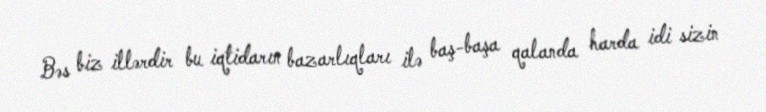
Bəs biz illərdir bu iqtidarın bazarlıqları ilə baş-başa qalanda harda idi sizin